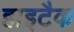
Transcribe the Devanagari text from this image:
हाइटैक